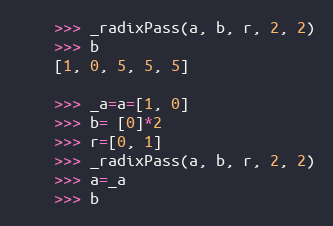
Language: Python
    >>> _radixPass(a, b, r, 2, 2)
    >>> b
    [1, 0, 5, 5, 5]

    >>> _a=a=[1, 0]
    >>> b= [0]*2
    >>> r=[0, 1]
    >>> _radixPass(a, b, r, 2, 2)
    >>> a=_a
    >>> b